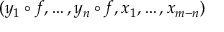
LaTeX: ( y _ { 1 } \circ f , \dotsc , y _ { n } \circ f , x _ { 1 } , \dotsc , x _ { m - n } )